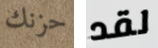
حزنك لقد